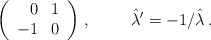
\begin{align*}\left(\begin{array}{rr}0 & 1 \\-1 & 0 \\\end{array}\right)\, , \hspace{1cm}\hat{\lambda}^{\prime} = -1/\hat{\lambda}\, .\end{align*}